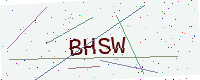
Text: BHSW